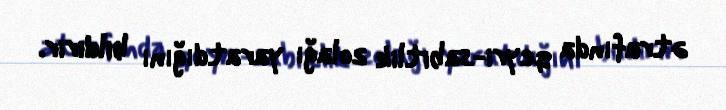
ətrafında qeyri-sabitlik zolağı yaratdığını bildirir.